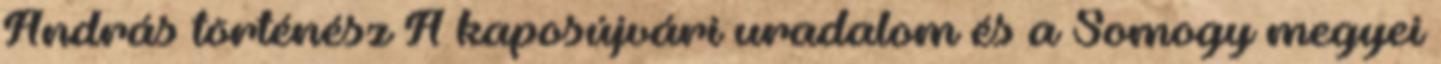
András történész A kaposújvári uradalom és a Somogy megyei